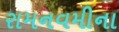
રામનવમીના